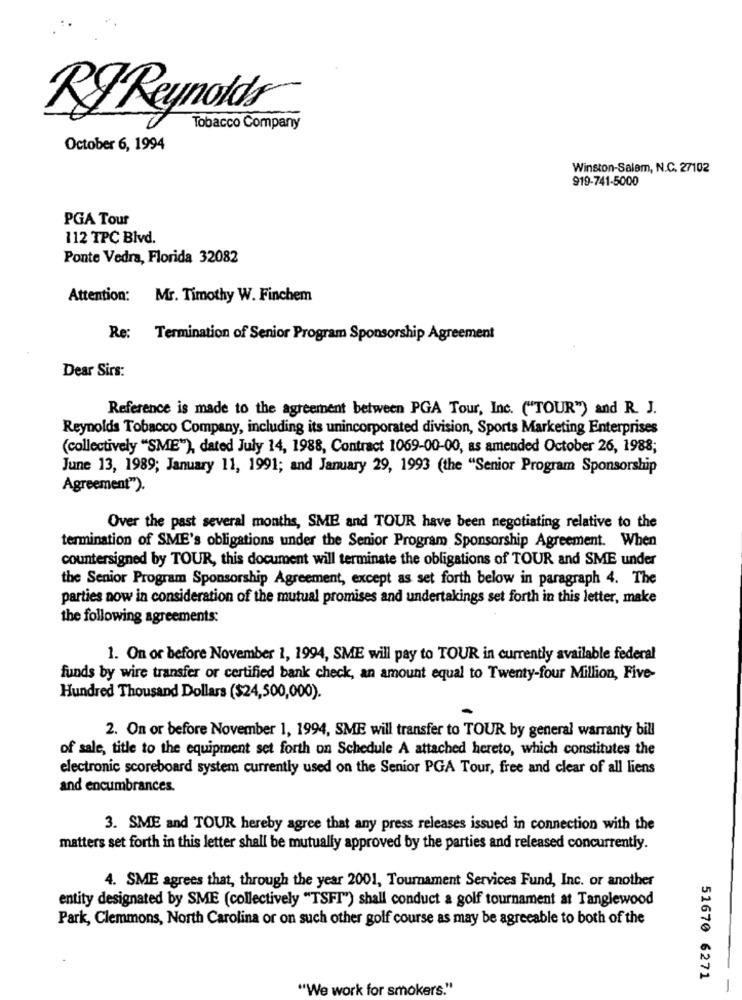
Tobacco Company
October 6, 1994
Winston-Salem, N.C. 27102
919-741-5000
PGA Tour
112 TPC Blvd.
Ponte Vedra, Florida 32082
Attention: Mr. Timothy W. Finchem
Re: Termination of Senior Program Sponsorship Agreement
Dear Sirs:
Reference is made to the agreement between PGA Tour, Inc. ("TOUR") and R. J.
Reynolds Tobacco Company, including its unincorporated division, Sports Marketing Enterprises
(collectively "SME"), dated July 14, 1988, Contract 1069-00-00, as amended October 26, 1988;
June 13, 1989; January 11, 1991; and January 29, 1993 (the "Senior Program Sponsorship
Agreement").
Over the past several months, SME and TOUR have been negotiating relative to the
termination of SME's obligations under the Senior Program Sponsorship Agreement. When
countersigned by TOUR, this document will terminate the obligations of TOUR and SME under
the Senior Program Sponsorship Agreement, except as set forth below in paragraph 4. The
parties now in consideration of the mutual promises and undertakings set forth in this letter, make
the following agreements:
1. On or before November 1, 1994, SME will pay to TOUR in currently available federal
funds by wire transfer or certified bank check, an amount equal to Twenty-four Million, Five-
Hundred Thousand Dollars ($24,500,000).
2. On or before November 1, 1994, SME will transfer to TOUR by general warranty bill
of sale, title to the equipment set forth on Schedule A attached hereto, which constitutes the
electronic scoreboard system currently used on the Senior PGA Tour, free and clear of all liens
and encumbrances.
3. SME and TOUR hereby agree that any press releases issued in connection with the
matters set forth in this letter shall be mutually approved by the parties and released concurrently.
4. SME agrees that, through the year 2001, Tournament Services Fund, Inc. or another
entity designated by SME (collectively "TSFT") shall conduct a golf tournament at Tanglewood
Park, Clemmons, North Carolina or on such other golf course as may be agreeable to both of the
51670 6271
"We work for smokers."